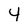
Character: 4